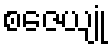
စဇေယျုံ